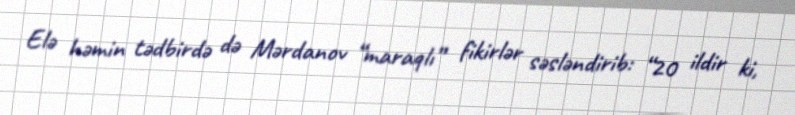
Elə həmin tədbirdə də Mərdanov “maraqlı” fikirlər səsləndirib: “20 ildir ki,